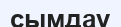
сымдау